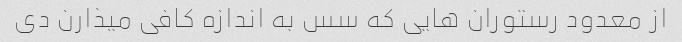
از معدود رستوران هایی که سس به اندازه کافی میذارن دی